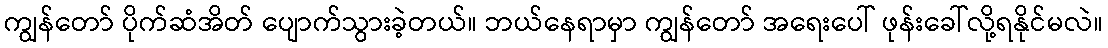
ကျွန်တော် ပိုက်ဆံအိတ် ပျောက်သွားခဲ့တယ်။ ဘယ်နေရာမှာ ကျွန်တော် အရေးပေါ် ဖုန်းခေါ်လို့ရနိုင်မလဲ။